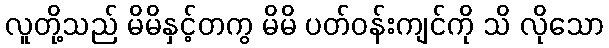
လူတို့သည် မိမိနှင့်တကွ မိမိ ပတ်ဝန်းကျင်ကို သိ လိုသော